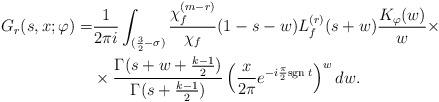
LaTeX: \begin{align*}G_r(s,x;\varphi)=&\frac{1}{2\pi i}\int_{(\frac{3}{2}-\sigma)}\frac{\chi_f^{(m-r)}}{\chi_f}(1-s-w)L_f^{(r)}(s+w)\frac{K_\varphi(w)}{w}\times\\&\times\frac{\Gamma(s+w+\frac{k-1}{2})}{\Gamma(s+\frac{k-1}{2})}\left(\frac{x}{2\pi}e^{-i\frac{\pi}{2}{\rm sgn\;}t}\right)^wdw. \end{align*}